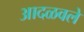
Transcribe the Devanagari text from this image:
आदळवले